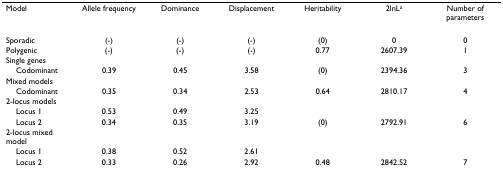
<table><thead><tr><td><b>Model</b></td><td><b>Allele frequency</b></td><td><b>Dominance</b></td><td><b>Displacement</b></td><td><b>Heritability</b></td><td><b>2lnL<sup>a</sup></b></td><td><b>Number of parameters</b></td></tr></thead><tbody><tr><td>Sporadic</td><td>(-)</td><td>(-)</td><td>(-)</td><td>(0)</td><td>0</td><td>0</td></tr><tr><td>Polygenic</td><td>(-)</td><td>(-)</td><td>(-)</td><td>0.77</td><td>2607.39</td><td>1</td></tr><tr><td>Single genes</td><td></td><td></td><td></td><td></td><td></td><td></td></tr><tr><td> Codominant</td><td>0.39</td><td>0.45</td><td>3.58</td><td>(0)</td><td>2394.36</td><td>3</td></tr><tr><td>Mixed models</td><td></td><td></td><td></td><td></td><td></td><td></td></tr><tr><td> Codominant</td><td>0.35</td><td>0.34</td><td>2.53</td><td>0.64</td><td>2810.17</td><td>4</td></tr><tr><td>2-locus models</td><td></td><td></td><td></td><td></td><td></td><td></td></tr><tr><td> Locus 1</td><td>0.53</td><td>0.49</td><td>3.25</td><td></td><td></td><td></td></tr><tr><td> Locus 2</td><td>0.34</td><td>0.35</td><td>3.19</td><td>(0)</td><td>2792.91</td><td>6</td></tr><tr><td>2-locus mixed model</td><td></td><td></td><td></td><td></td><td></td><td></td></tr><tr><td> Locus 1</td><td>0.38</td><td>0.52</td><td>2.61</td><td></td><td></td><td></td></tr><tr><td> Locus 2</td><td>0.33</td><td>0.26</td><td>2.92</td><td>0.48</td><td>2842.52</td><td>7</td></tr></tbody></table>